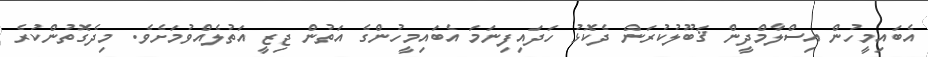
އެބައިމީހުން އިސްލާމްދީން ޤަބޫލުކުރަން ދެކޮޅު ހަދައިފިނަމަ އެބައިމީހުންގެ އަތުން ޖިޒީ އަތުލެއްވުމަށެވެ. މިދެގޮތުންކުރެ